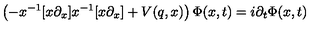
\left( - x ^ { - 1 } [ x \partial _ { x } ] x ^ { - 1 } [ x \partial _ { x } ] + V ( q , x ) \right) \Phi ( x , t ) = i \partial _ { t } \Phi ( x , t )